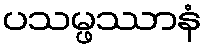
ပသမ္ဖဿာနံ